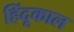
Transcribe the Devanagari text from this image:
हिंदूकाल